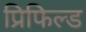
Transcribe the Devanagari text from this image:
प्रिफिल्ड